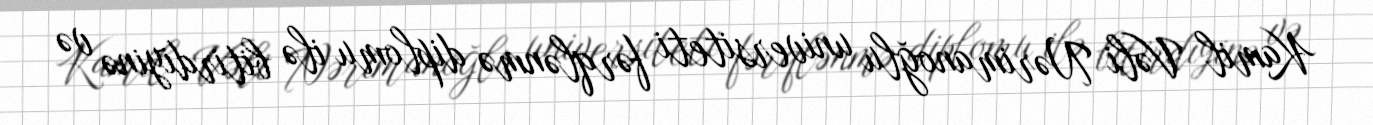
Kamil Vəli Nərimanoğlu universiteti fərqlənmə diplomu ilə bitirdiyinə və